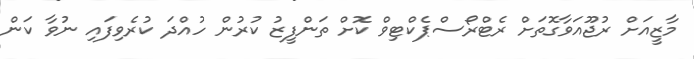
މާޒީއަށް ރުޖޫއަވާގޮތަށް ރެޓްރޯސްޕެކްޓިވް ކޮށް ތަންފީޒު ކުރުން ހުއްދަ ކުރެވިފައި ނުވާ ކަން